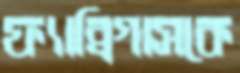
ফ্যাব্রিগাসকে